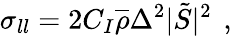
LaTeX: \sigma_{ll}=2C_{I}\overline{{\rho}}{\Delta}^{2}|\tilde{S}|^{2}\, \mathrm{~,~}